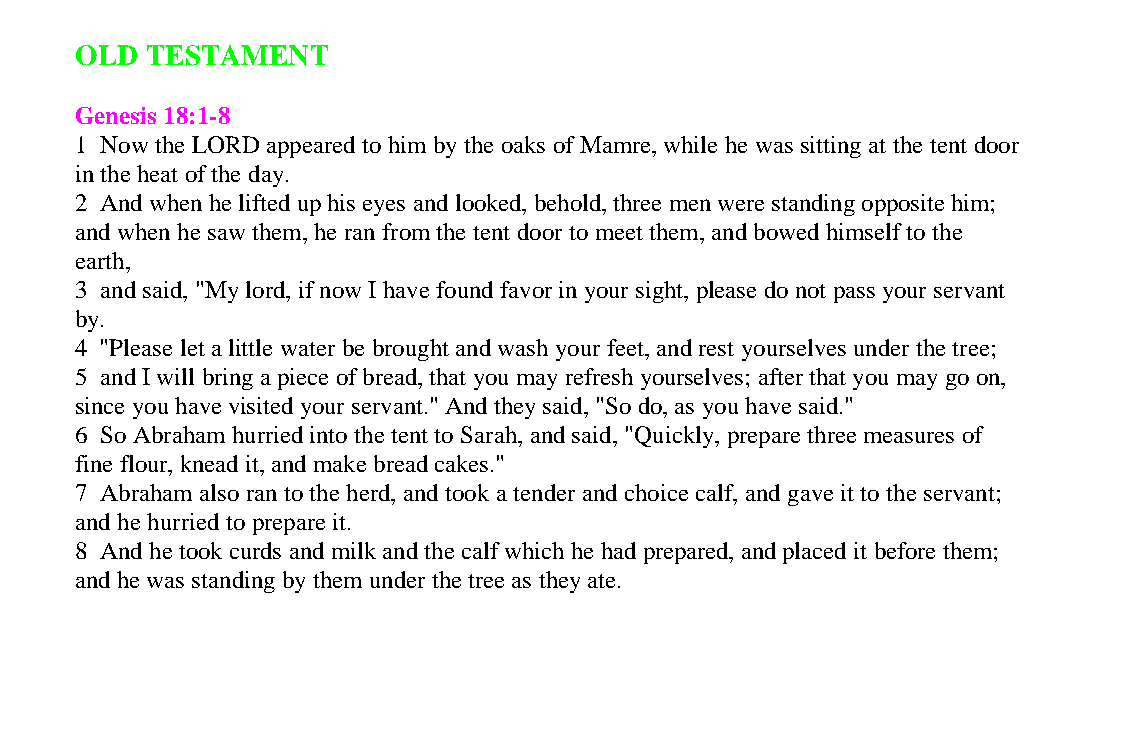
OLD  TESTAMENT
 Genesis 18:1-8
 1 Now the LORD appeared to him by the oaks of Mamre, while he was sitting at the tent door
 in the heat of the day.
 2 And when he lifted up his eyes and looked, behold, three men were standing opposite him;
 and when he saw them, he ran from the tent door to meet them, and bowed himself to the
 earth,
 3 and said, "My lord, if now I have found favor in your sight, please do not pass your servant
 by.
 4 "Please let a little water be brought and wash your feet, and rest yourselves under the tree;
 5 and I will bring a piece of bread, that you may refresh yourselves; after that you may go on,
 since you have visited your servant." And they said, "So do, as you have said."
 6 So Abraham hurried into the tent to Sarah, and said, "Quickly, prepare three measures of
 fine flour, knead it, and make bread cakes."
 7 Abraham also ran to the herd, and took a tender and choice calf, and gave it to the servant;
 and he hurried to prepare it.
 8 And he took curds and milk and the calf which he had prepared, and placed it before them;
 and he was standing by them under the tree as they ate.